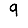
Digit: 9